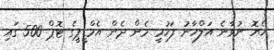
ހެޔޮ ނުވާނެ އަލްހާނު ފަހުމީ މެން ދެން އެމްޑީޕީގެ ޓޮޕް 500 ގައި